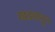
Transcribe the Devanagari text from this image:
खड्यातून